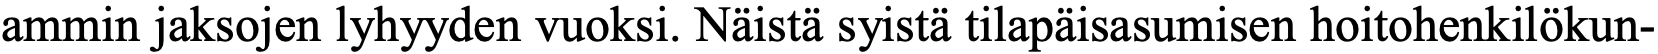
ammin jaksojen lyhyyden vuoksi. Näistä syistä tilapäisasumisen hoitohenkilökun-